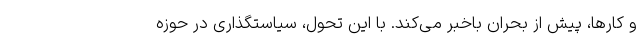
و کارها، پیش از بحران باخبر می‌کند. با این تحول، سیاستگذاری در حوزه